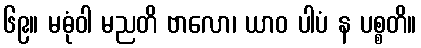
၆၉။ မဓုံဝါ မညတိ ဗာလော၊ ယာဝ ပါပံ န ပစ္စတိ။